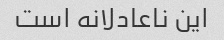
این ناعادلانه است